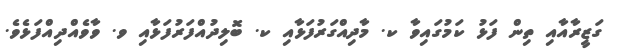
ގަޒީރާއާއި ތިން ފަޅު ކަމުގައިވާ ކ. މާދިއްގަރުފަޅާއި ކ. ބޮލިދުއްފަރުފަޅާއި ވ. ވާވެއްދިއްފަޅެވެ.